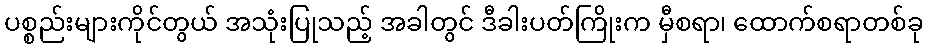
ပစ္စည်းများကိုင်တွယ် အသုံးပြုသည့် အခါတွင် ဒီခါးပတ်ကြိုးက မှီစရာ၊ ထောက်စရာတစ်ခု